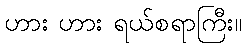
ဟား ဟား ရယ်စရာကြီး။